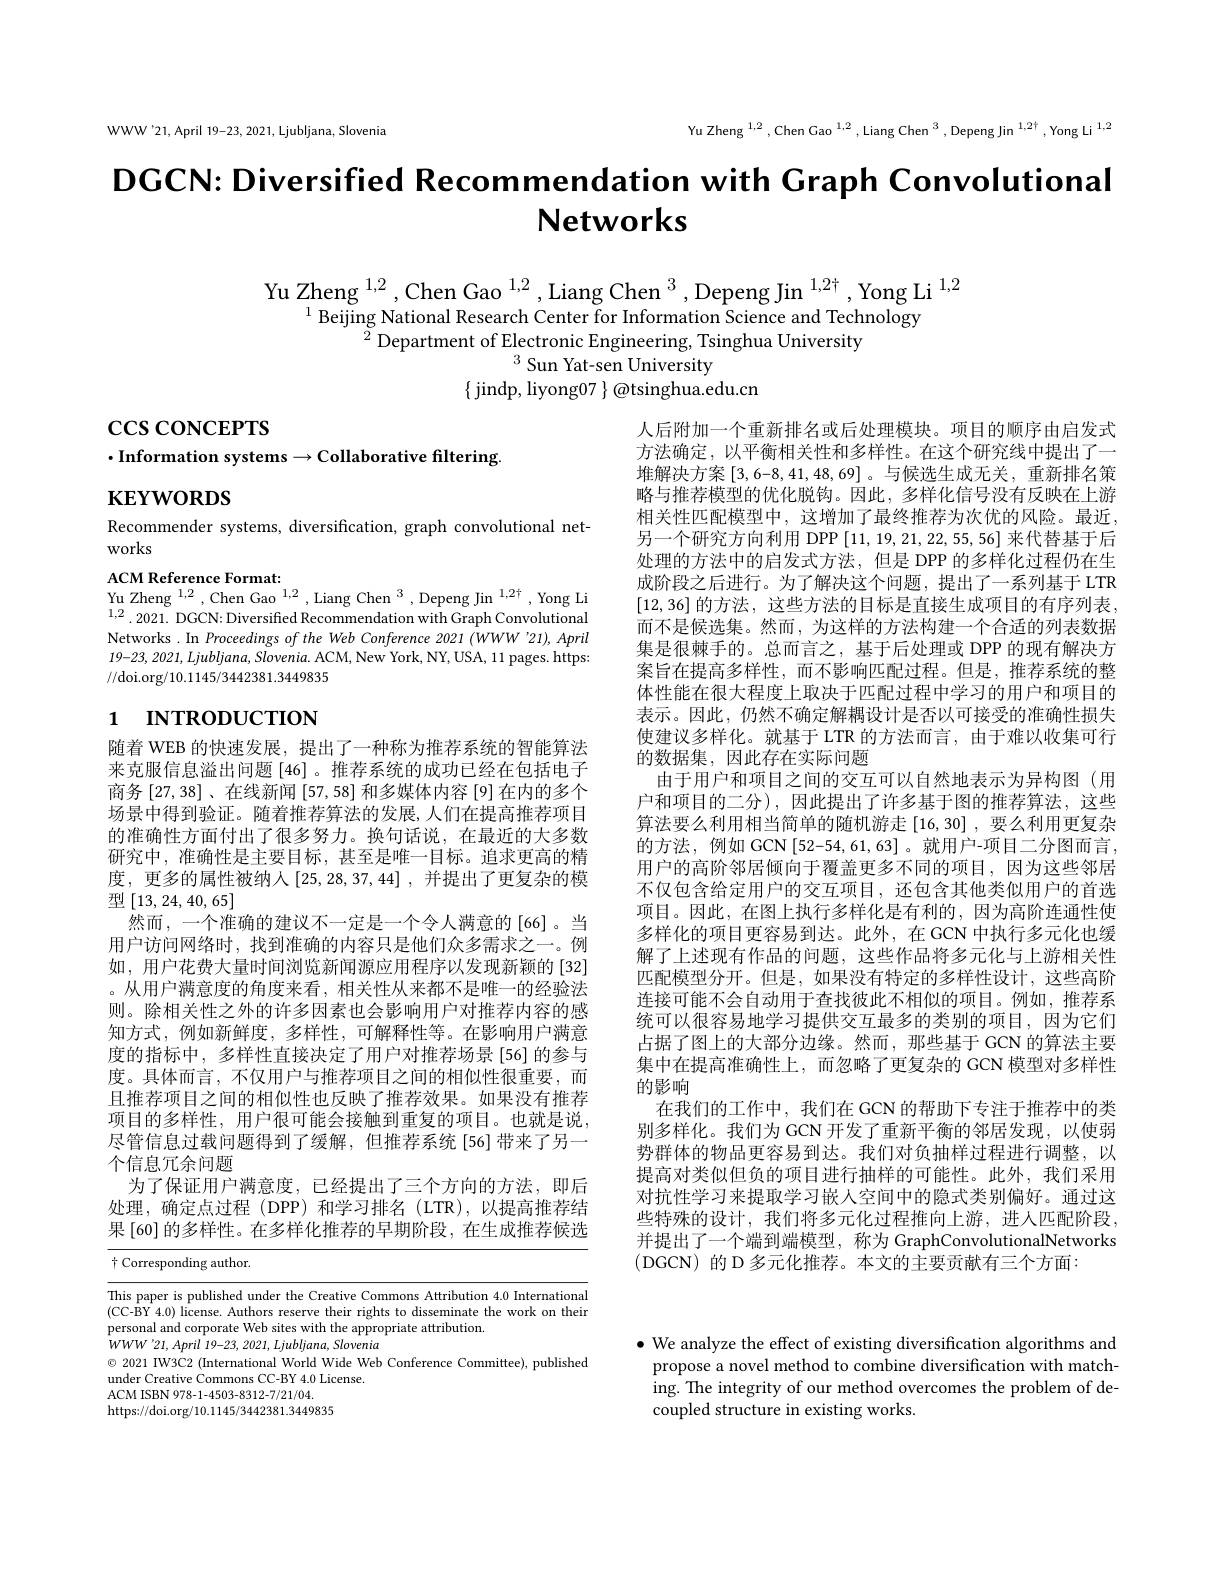
$$YuZheng^{1,2},ChenGao^{1,2},LiangChen^3,DepengJin^{1,2\dagger},YongLi^{1,2}$$
WWW'21,April 19-23, 2021, Ljubljana, Slovenia

# DGCN: Diversified Recommendation with Craph Convolutional Networks

Yu Zheng $^{1,2}$, Chen Gao $^{1,2}$, Liang Chen$^3$, Depeng Jin $^1,2^\dagger$,Yong Li $^{1,2}$
$^{1}$Beijing National Research Center for Information Science and Technology
${}^{\breve{2}}$Department of Electronic Engineering, Tsinghua University
$^{3}$Sun Yat-sen University
$\{$ jindp, liyong07 $\}\textcircled{a}$tsinghua.edu.cn

$\csc\csc$coNCEPTS

$\cdot$Information systems$\to$Collaborative filtering.

$\mathbf{KEYWORDS}$

Recommender systems, diversification, graph convolutional net-
works

ACM Reference Format:
Yu Zheng $^{1,2}$ ,Chen Gao$^{1,2}$ ,Liang Chen$^3$,Depeng Jin$^{1,2\dagger}$,Yong Li 1,2.2021. DGCN: Diversified Recommendation with Graph Convolutional Networks .In Proceedings of the Web Conference 2021 (WWW'21), April $19-23,2021,Ljubljana,Slovenia.$ ACM, New York, NY, USA, 11 pages. https: //doi.org/10.1145/3442381.3449835

# 1 INTRODUCTION

人后附加一个重新排名或后处理模块。项目的顺序由启发式方法确定，以平衡相关性和多样性。在这个研究线中提出了一堆解决方案[3,6-8,41,48,69] 。与候选生成无关，重新排名策略与推荐模型的优化脱钩。因此，多样化信号没有反映在上游相关性匹配模型中，这增加了最终推荐为次优的风险。最近， 另一个研究方向利用 DPP[11,19,21,22,55,56] 来代替基于后处理的方法中的启发式方法，但是 DPP 的多样化过程仍在生成阶段之后进行。为了解决这个问题，提出了一系列基于 LTR [12,36]的方法 ,这些方法的目标是直接生成项目的有序列表， 而不是候选集。然而，为这样的方法构建一个合适的列表数据集是很棘手的。总而言之，基于后处理或 DPP 的现有解决方案旨在提高多样性，而不影响匹配过程。但是，推荐系统的整体性能在很大程度上取决于匹配过程中学习的用户和项目的表示。因此，仍然不确定解耦设计是否以可接受的准确性损失使建议多样化。就基于 LTR 的方法而言，由于难以收集可行的数据集，因此存在实际问题
由于用户和项目之间的交互可以自然地表示为异构图(用户和项目的二分),因此提出了许多基于图的推荐算法，这些算法要么利用相当简单的随机游走[16,30] ,要么利用更复杂的方法，例如 GCN[52-54,61,63]。就用户-项目二分图而言， 用户的高阶邻居倾向于覆盖更多不同的项目，因为这些邻居不仅包含给定用户的交互项目，还包含其他类似用户的首选项目。因此，在图上执行多样化是有利的，因为高阶连通性使多样化的项目更容易到达。此外，在 GCN 中执行多元化也缓解了上述现有作品的问题，这些作品将多元化与上游相关性匹配模型分开。但是，如果没有特定的多样性设计，这些高阶连接可能不会自动用于查找彼此不相似的项目。例如，推荐系统可以很容易地学习提供交互最多的类别的项目，因为它们占据了图上的大部分边缘。然而，那些基于 GCN 的算法主要集中在提高准确性上，而忽略了更复杂的 GCN 模型对多样性的影响
在我们的工作中，我们在 GCN 的帮助下专注于推荐中的类别多样化。我们为 GCN 开发了重新平衡的邻居发现，以使弱势群体的物品更容易到达。我们对负抽样过程进行调整，以提高对类似但负的项目进行抽样的可能性。此外，我们采用对抗性学习来提取学习嵌人空间中的隐式类别偏好。通过这些特殊的设计，我们将多元化过程推向上游，进入匹配阶段， 并提出了一个端到端模型，称为 GraphConvolutionalNetworks (DGCN)的 的 D 多元化推荐。本文的主要贡献有三个方面：

随着 WEB 的快速发展，提出了一种称为推荐系统的智能算法来克服信息溢出问题[46] 。推荐系统的成功已经在包括电子商务[27,38] 、在线新闻[57,58]和多媒体内容 [9]在内的多个场景中得到验证。随着推荐算法的发展，人们在提高推荐项目的准确性方面付出了很多努力。换句话说，在最近的大多数研究中，准确性是主要目标，甚至是唯一目标。追求更高的精度，更多的属性被纳人[25,28,37,44],并提出了更复杂的模型$\left[13,24,40,65\right]$
然而，一个准确的建议不一定是一个令人满意的[66]。当用户访问网络时，找到准确的内容只是他们众多需求之一。例如，用户花费大量时间浏览新闻源应用程序以发现新颖的[32] 。从用户满意度的角度来看，相关性从来都不是唯一的经验法则。除相关性之外的许多因素也会影响用户对推荐内容的感知方式，例如新鲜度，多样性，可解释性等。在影响用户满意度的指标中，多样性直接决定了用户对推荐场景[56]的参与度。具体而言，不仅用户与推荐项目之间的相似性很重要，而且推荐项目之间的相似性也反映了推荐效果。如果没有推荐项目的多样性，用户很可能会接触到重复的项目。也就是说， 尽管信息过载问题得到了缓解，但推荐系统[56]带来了另一个信息冗余问题
为了保证用户满意度，已经提出了三个方向的方法，即后处理，确定点过程(DPP)和学习排名(LTR),以提高推荐结果 [60] 的多样性。在多样化推荐的早期阶段，在生成推荐候选

$\dagger$ Corresponding author.

This paper is published under the Creative Commons Attribution 4.0 International$CCC$ RV$AO)$ liconro Authorc rocorra thoir riabts to dicominata tho work on tho tho thir (CC-BY 4.0) license. Authors reserve their rights to disseminate the work on their personal and corporate Web sites with the appropriate attribution.
$\dot{W} WW^{\prime }21, April$ 19-23, 2021, $Ljubljana$, Slovenia
$\odot2021$ IW3C2 (International World Wide Web Conference Committee), published
under Creative Commons CC-BY 4.0 License.
${\mathrm{ACM~ISBN~978-1-4503-8312-7/21/04.}}$
https://doi.org/10.1145/3442381.3449835

$\bullet$ We analyze the effect of existing diversification algorithms and propose a novel method to combine diversification with matching. The integrity of our method overcomes the problem of decoupled structure in existing works.